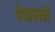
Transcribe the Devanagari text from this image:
हेकलने